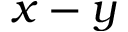
x - y